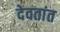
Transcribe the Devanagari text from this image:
देवतांत